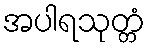
အပါရသုတ္တံ